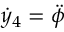
\dot { y } _ { 4 } = \ddot { \phi }